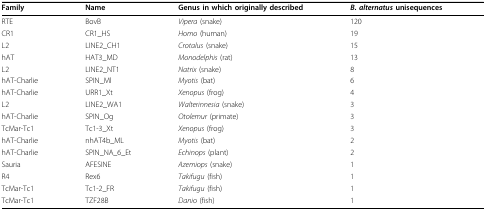
<table><thead><tr><td><b>Family</b></td><td><b>Name</b></td><td><b>Genus in which originally described</b></td><td><b><i>B. alternatus </i>unisequences</b></td></tr></thead><tbody><tr><td>RTE</td><td>BovB</td><td><i>Vipera </i>(snake)</td><td>120</td></tr><tr><td>CR1</td><td>CR1_HS</td><td><i>Homo </i>(human)</td><td>19</td></tr><tr><td>L2</td><td>LINE2_CH1</td><td><i>Crotalus </i>(snake)</td><td>15</td></tr><tr><td>hAT</td><td>HAT3_MD</td><td><i>Monodelphis </i>(rat)</td><td>13</td></tr><tr><td>L2</td><td>LINE2_NT1</td><td><i>Natrix </i>(snake)</td><td>8</td></tr><tr><td>hAT-Charlie</td><td>SPIN_Ml</td><td><i>Myotis </i>(bat)</td><td>6</td></tr><tr><td>hAT-Charlie</td><td>URR1_Xt</td><td><i>Xenopus </i>(frog)</td><td>4</td></tr><tr><td>L2</td><td>LINE2_WA1</td><td><i>Walterinnesia </i>(snake)</td><td>3</td></tr><tr><td>hAT-Charlie</td><td>SPIN_Og</td><td><i>Otolemur </i>(primate)</td><td>3</td></tr><tr><td>TcMar-Tc1</td><td>Tc1-3_Xt</td><td><i>Xenopus </i>(frog)</td><td>3</td></tr><tr><td>hAT-Charlie</td><td>nhAT4b_ML</td><td><i>Myotis </i>(bat)</td><td>2</td></tr><tr><td>hAT-Charlie</td><td>SPIN_NA_6_Et</td><td><i>Echinops </i>(plant)</td><td>2</td></tr><tr><td>Sauria</td><td>AFESINE</td><td><i>Azemiops </i>(snake)</td><td>1</td></tr><tr><td>R4</td><td>Rex6</td><td><i>Takifugu </i>(fish)</td><td>1</td></tr><tr><td>TcMar-Tc1</td><td>Tc1-2_FR</td><td><i>Takifugu </i>(fish)</td><td>1</td></tr><tr><td>TcMar-Tc1</td><td>TZF28B</td><td><i>Danio </i>(fish)</td><td>1</td></tr></tbody></table>